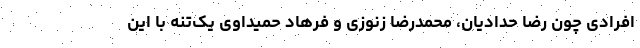
افرادی چون رضا حدادیان، محمدرضا زنوزی و فرهاد حمیداوی یک‌تنه با این